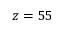
z = 5 5